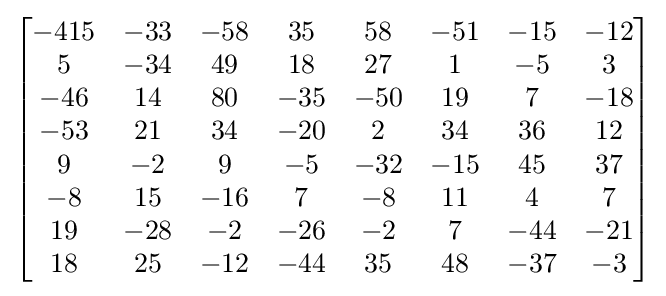
{\begin{bmatrix}-415&-33&-58&35&58&-51&-15&-12\\5&-34&49&18&27&1&-5&3\\-46&14&80&-35&-50&19&7&-18\\-53&21&34&-20&2&34&36&12\\9&-2&9&-5&-32&-15&45&37\\-8&15&-16&7&-8&11&4&7\\19&-28&-2&-26&-2&7&-44&-21\\18&25&-12&-44&35&48&-37&-3\end{bmatrix}}